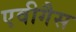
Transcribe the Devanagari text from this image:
एवीगैस